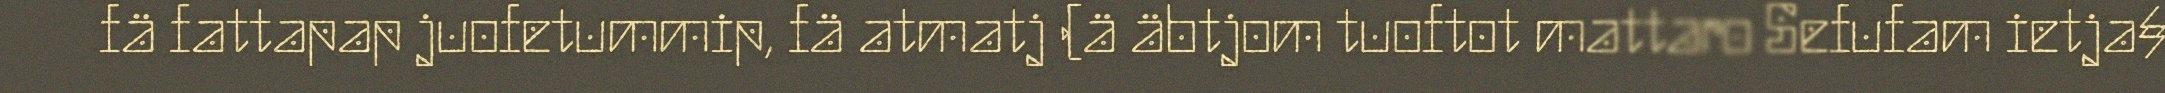
fä fattapap juofetummip, fä atmatj (ä äbtjom tuoftot mattaro Sefufam ietja§